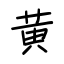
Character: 黄